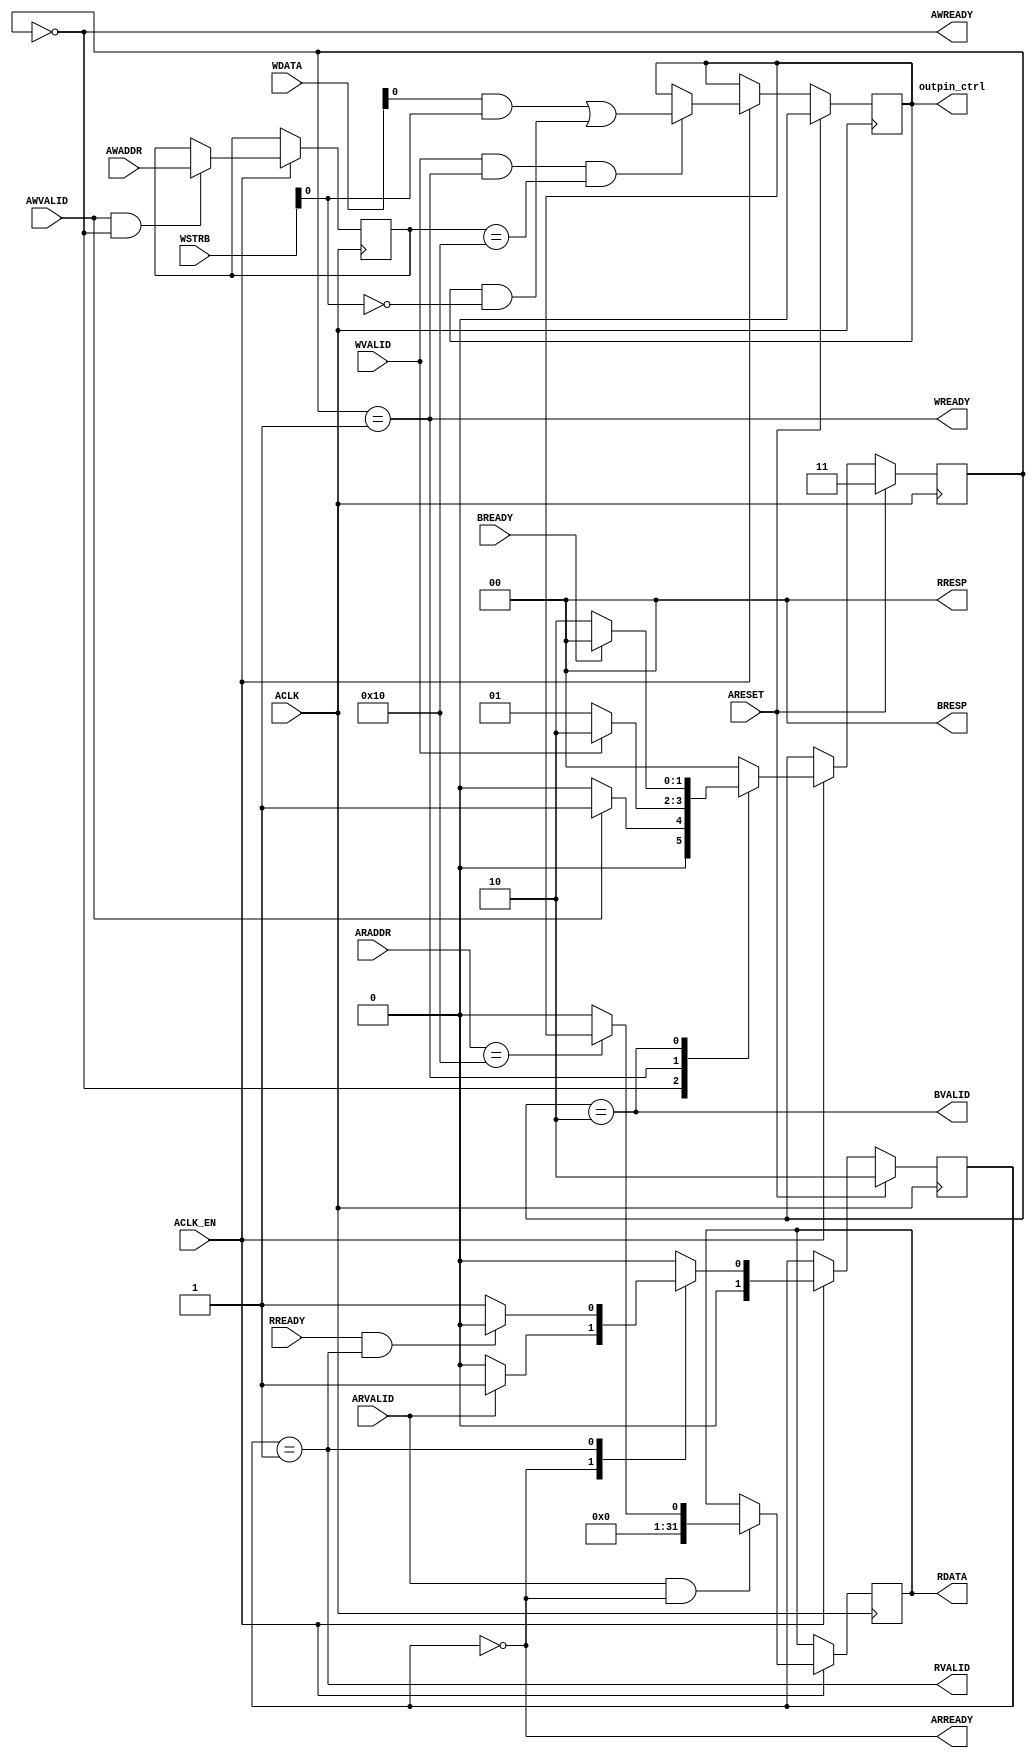
// ==============================================================
// Vitis HLS - High-Level Synthesis from C, C++ and OpenCL v2022.1 (64-bit)
// Tool Version Limit: 2022.04
// Copyright 1986-2022 Xilinx, Inc. All Rights Reserved.
// ==============================================================
`timescale 1ns/1ps
module output_pin_control_s_axi
#(parameter
    C_S_AXI_ADDR_WIDTH = 5,
    C_S_AXI_DATA_WIDTH = 32
)(
    input  wire                          ACLK,
    input  wire                          ARESET,
    input  wire                          ACLK_EN,
    input  wire [C_S_AXI_ADDR_WIDTH-1:0] AWADDR,
    input  wire                          AWVALID,
    output wire                          AWREADY,
    input  wire [C_S_AXI_DATA_WIDTH-1:0] WDATA,
    input  wire [C_S_AXI_DATA_WIDTH/8-1:0] WSTRB,
    input  wire                          WVALID,
    output wire                          WREADY,
    output wire [1:0]                    BRESP,
    output wire                          BVALID,
    input  wire                          BREADY,
    input  wire [C_S_AXI_ADDR_WIDTH-1:0] ARADDR,
    input  wire                          ARVALID,
    output wire                          ARREADY,
    output wire [C_S_AXI_DATA_WIDTH-1:0] RDATA,
    output wire [1:0]                    RRESP,
    output wire                          RVALID,
    input  wire                          RREADY,
    output wire [0:0]                    outpin_ctrl
);
//------------------------Address Info-------------------
// 0x00 : reserved
// 0x04 : reserved
// 0x08 : reserved
// 0x0c : reserved
// 0x10 : Data signal of outpin_ctrl
//        bit 0  - outpin_ctrl[0] (Read/Write)
//        others - reserved
// 0x14 : reserved
// (SC = Self Clear, COR = Clear on Read, TOW = Toggle on Write, COH = Clear on Handshake)

//------------------------Parameter----------------------
localparam
    ADDR_OUTPIN_CTRL_DATA_0 = 5'h10,
    ADDR_OUTPIN_CTRL_CTRL   = 5'h14,
    WRIDLE                  = 2'd0,
    WRDATA                  = 2'd1,
    WRRESP                  = 2'd2,
    WRRESET                 = 2'd3,
    RDIDLE                  = 2'd0,
    RDDATA                  = 2'd1,
    RDRESET                 = 2'd2,
    ADDR_BITS                = 5;

//------------------------Local signal-------------------
    reg  [1:0]                    wstate = WRRESET;
    reg  [1:0]                    wnext;
    reg  [ADDR_BITS-1:0]          waddr;
    wire [C_S_AXI_DATA_WIDTH-1:0] wmask;
    wire                          aw_hs;
    wire                          w_hs;
    reg  [1:0]                    rstate = RDRESET;
    reg  [1:0]                    rnext;
    reg  [C_S_AXI_DATA_WIDTH-1:0] rdata;
    wire                          ar_hs;
    wire [ADDR_BITS-1:0]          raddr;
    // internal registers
    reg  [0:0]                    int_outpin_ctrl = 'b0;

//------------------------Instantiation------------------


//------------------------AXI write fsm------------------
assign AWREADY = (wstate == WRIDLE);
assign WREADY  = (wstate == WRDATA);
assign BRESP   = 2'b00;  // OKAY
assign BVALID  = (wstate == WRRESP);
assign wmask   = { {8{WSTRB[3]}}, {8{WSTRB[2]}}, {8{WSTRB[1]}}, {8{WSTRB[0]}} };
assign aw_hs   = AWVALID & AWREADY;
assign w_hs    = WVALID & WREADY;

// wstate
always @(posedge ACLK) begin
    if (ARESET)
        wstate <= WRRESET;
    else if (ACLK_EN)
        wstate <= wnext;
end

// wnext
always @(*) begin
    case (wstate)
        WRIDLE:
            if (AWVALID)
                wnext = WRDATA;
            else
                wnext = WRIDLE;
        WRDATA:
            if (WVALID)
                wnext = WRRESP;
            else
                wnext = WRDATA;
        WRRESP:
            if (BREADY)
                wnext = WRIDLE;
            else
                wnext = WRRESP;
        default:
            wnext = WRIDLE;
    endcase
end

// waddr
always @(posedge ACLK) begin
    if (ACLK_EN) begin
        if (aw_hs)
            waddr <= AWADDR[ADDR_BITS-1:0];
    end
end

//------------------------AXI read fsm-------------------
assign ARREADY = (rstate == RDIDLE);
assign RDATA   = rdata;
assign RRESP   = 2'b00;  // OKAY
assign RVALID  = (rstate == RDDATA);
assign ar_hs   = ARVALID & ARREADY;
assign raddr   = ARADDR[ADDR_BITS-1:0];

// rstate
always @(posedge ACLK) begin
    if (ARESET)
        rstate <= RDRESET;
    else if (ACLK_EN)
        rstate <= rnext;
end

// rnext
always @(*) begin
    case (rstate)
        RDIDLE:
            if (ARVALID)
                rnext = RDDATA;
            else
                rnext = RDIDLE;
        RDDATA:
            if (RREADY & RVALID)
                rnext = RDIDLE;
            else
                rnext = RDDATA;
        default:
            rnext = RDIDLE;
    endcase
end

// rdata
always @(posedge ACLK) begin
    if (ACLK_EN) begin
        if (ar_hs) begin
            rdata <= 'b0;
            case (raddr)
                ADDR_OUTPIN_CTRL_DATA_0: begin
                    rdata <= int_outpin_ctrl[0:0];
                end
            endcase
        end
    end
end


//------------------------Register logic-----------------
assign outpin_ctrl = int_outpin_ctrl;
// int_outpin_ctrl[0:0]
always @(posedge ACLK) begin
    if (ARESET)
        int_outpin_ctrl[0:0] <= 0;
    else if (ACLK_EN) begin
        if (w_hs && waddr == ADDR_OUTPIN_CTRL_DATA_0)
            int_outpin_ctrl[0:0] <= (WDATA[31:0] & wmask) | (int_outpin_ctrl[0:0] & ~wmask);
    end
end


//------------------------Memory logic-------------------

endmodule